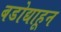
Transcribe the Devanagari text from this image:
बडोद्याहून